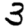
Digit: 3